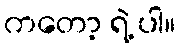
ကတော့ ရဲ့ ပါ။